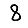
Digit: 8